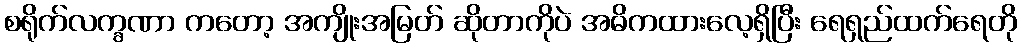
စရိုက်လက္ခဏာ ကတော့ အကျိုးအမြတ် ဆိုတာကိုပဲ အဓိကထားလေ့ရှိပြီး ရေရှည်ထက်ရေတို